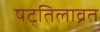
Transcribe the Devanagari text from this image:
षट्तिलाव्रत